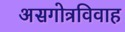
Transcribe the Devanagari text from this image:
असगोत्रविवाह